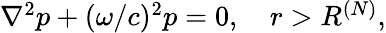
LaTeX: \begin{array}{r}{\nabla^{2}p+(\omega/c)^{2}p=0,\quad r>R^{(N)},}\end{array}